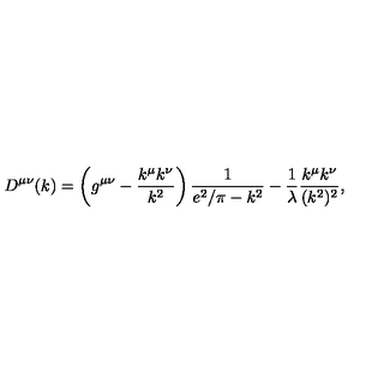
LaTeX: D ^ { \mu \nu } ( k ) = \left( g ^ { \mu \nu } - \frac { k ^ { \mu } k ^ { \nu } } { k ^ { 2 } } \right) \frac { 1 } { e ^ { 2 } / \pi - k ^ { 2 } } - \frac { 1 } { \lambda } \frac { k ^ { \mu } k ^ { \nu } } { ( k ^ { 2 } ) ^ { 2 } } ,